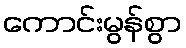
ကောင်းမွန်စွာ